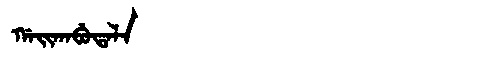
Manchu: ᡤᠠᡳᡴᠠᠪᡠᡨᠠᠯᠠ
Romanization: GAIKABUTALA